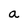
Character: a